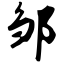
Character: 邹